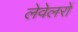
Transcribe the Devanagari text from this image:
लेवेलरों